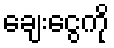
ချေးငွေကို